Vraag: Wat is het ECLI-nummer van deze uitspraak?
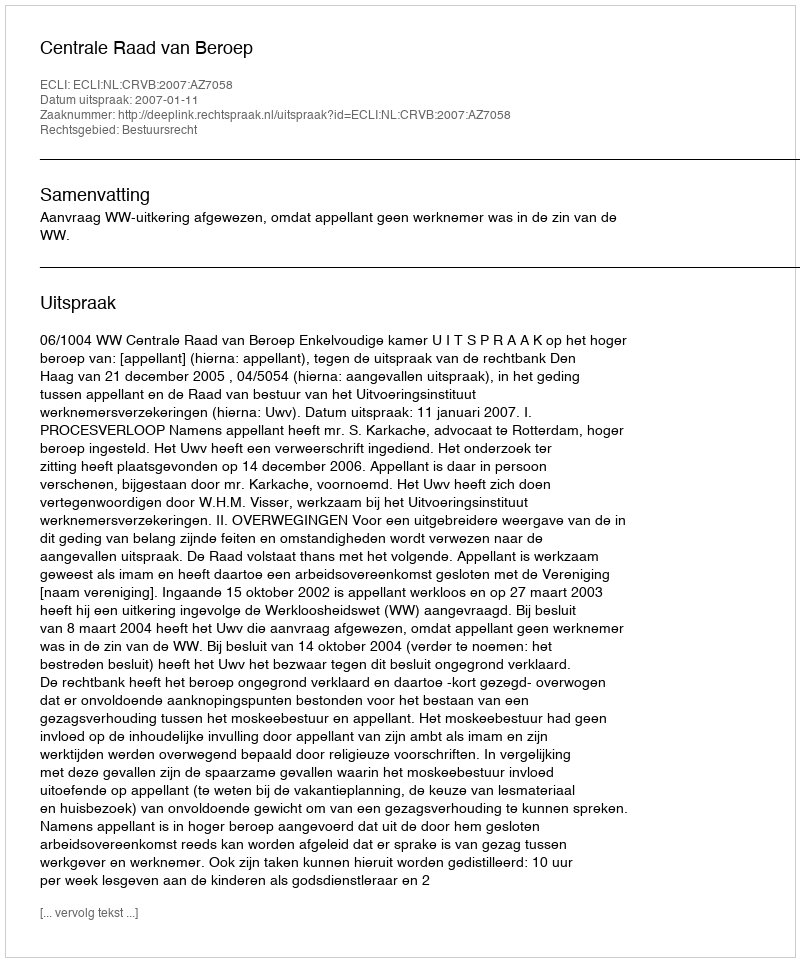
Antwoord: ECLI:NL:CRVB:2007:AZ7058